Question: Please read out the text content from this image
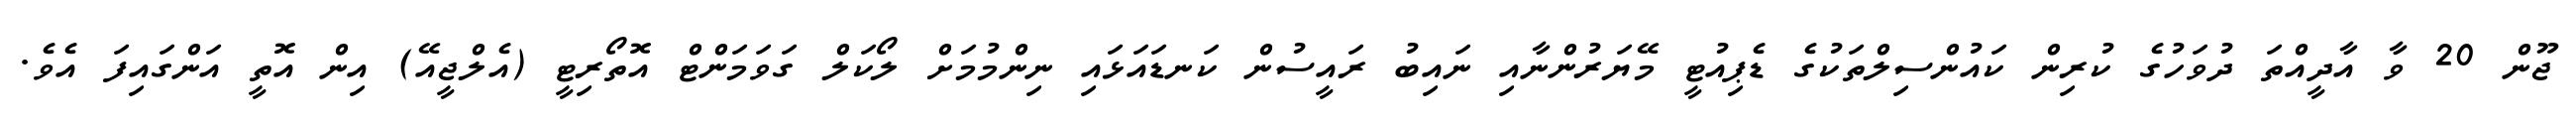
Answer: ޖޫން 20 ވާ އާދީއްތަ ދުވަހުގެ ކުރިން ކައުންސިލްތަކުގެ ޑެޕިއުޓީ މޭޔަރުންނާއި ނައިބު ރައީސުން ކަނޑައަޅައި ނިންމުމަށް ލޯކަލް ގަވަމަންޓް އޮތޯރިޓީ (އެލްޖީއޭ) އިން އޮތީ އަންގައިފަ އެވެ.